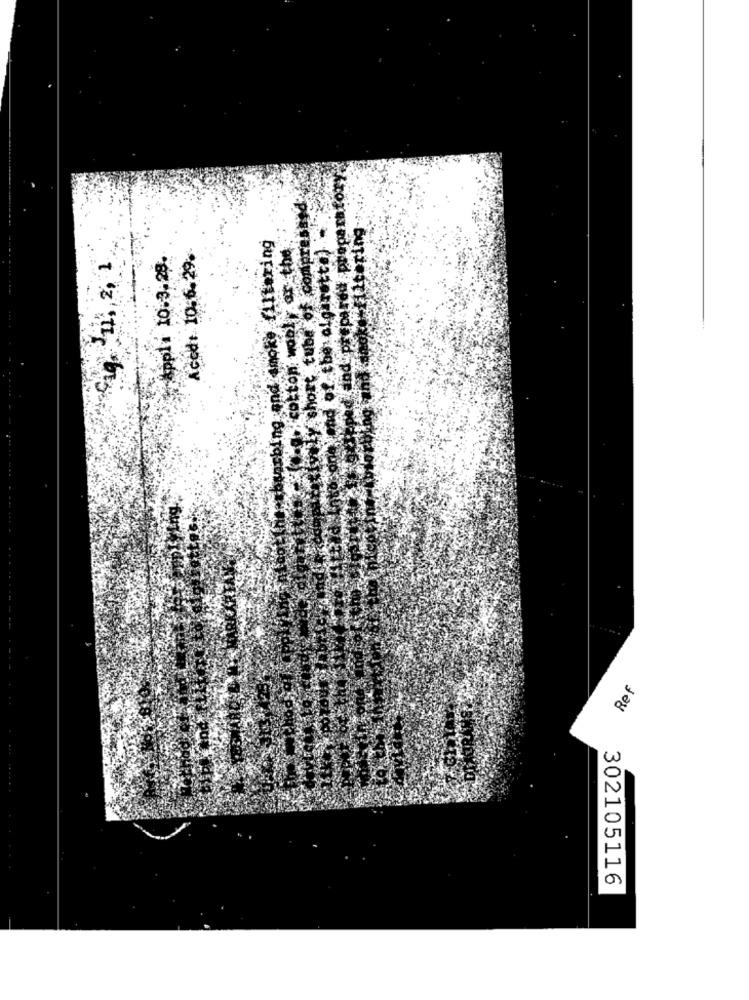
#pared preparatory
compress
FcAppl. 10.3.29.
Aced: 10:6.29.
Ref
302105116